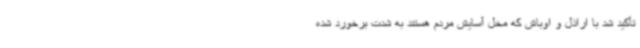
تأکید شد با اراذل و اوباش که مخل آسایش مردم هستند به شدت برخورد شده